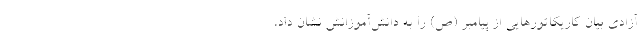
آزادی بیان کاریکاتورهایی از پیامبر (ص) را به دانش‌آموزانش نشان داد،